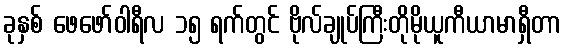
ခုနှစ် ဖေဖော်ဝါရီလ ၁၅ ရက်တွင် ဗိုလ်ချုပ်ကြီးတိုမိုယူကီယာမာရှီတာ